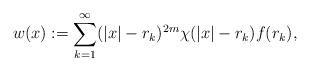
LaTeX: \begin{align*}w(x):=\sum_{k=1}^{\infty}(|x|-r_k)^{2m}\chi(|x|-r_k)f(r_k),\end{align*}